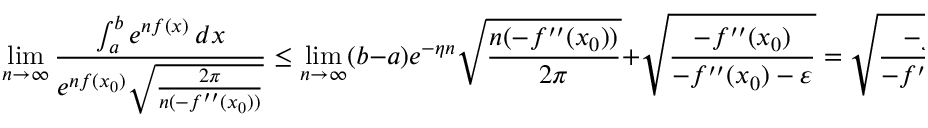
\operatorname* { l i m } _ { n \to \infty } { \frac { \int _ { a } ^ { b } e ^ { n f ( x ) } \, d x } { e ^ { n f ( x _ { 0 } ) } { \sqrt { \frac { 2 \pi } { n ( - f ^ { \prime \prime } ( x _ { 0 } ) ) } } } } } \leq \operatorname* { l i m } _ { n \to \infty } ( b - a ) e ^ { - \eta n } { \sqrt { \frac { n ( - f ^ { \prime \prime } ( x _ { 0 } ) ) } { 2 \pi } } } + { \sqrt { \frac { - f ^ { \prime \prime } ( x _ { 0 } ) } { - f ^ { \prime \prime } ( x _ { 0 } ) - \varepsilon } } } = { \sqrt { \frac { - f ^ { \prime \prime } ( x _ { 0 } ) } { - f ^ { \prime \prime } ( x _ { 0 } ) - \varepsilon } } }